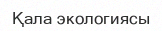
Қала экологиясы